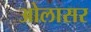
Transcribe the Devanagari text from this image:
ओलासर